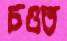
চওত